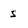
Character: s